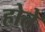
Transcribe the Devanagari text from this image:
होते